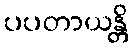
ပပတာယန္တိ